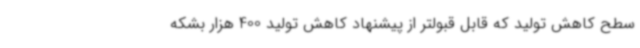
سطح کاهش تولید که قابل قبولتر از پیشنهاد کاهش تولید 400 هزار بشکه